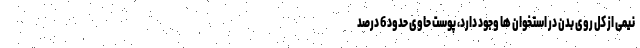
نیمی از کل روی بدن در استخوان ها وجود دارد، پوست حاوی حدود 6 درصد